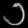
Digit: ၁